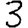
Digit: 3